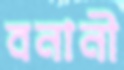
বনানী